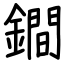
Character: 鐧